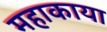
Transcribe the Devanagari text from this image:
महाकाया